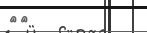
٥٧